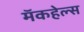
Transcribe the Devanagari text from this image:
मॅकहेल्स